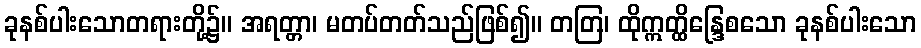
ခုနစ်ပါးသောတရားတို့၌။ အရတ္တာ၊ မတပ်တတ်သည်ဖြစ်၍။ တတြ၊ ထိုဣတ္ထိန္ဒြေစသော ခုနစ်ပါးသော